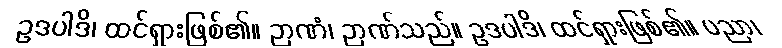
ဥဒပါဒိ၊ ထင်ရှားဖြစ်၏။ ဉာဏံ၊ ဉာဏ်သည်။ ဥဒပါဒိ၊ ထင်ရှားဖြစ်၏။ ပညာ၊